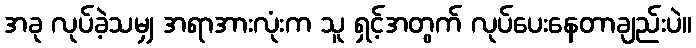
အခု လုပ်ခဲ့သမျှ အရာအားလုံးက သူ ရှင့်အတွက် လုပ်ပေးနေတာချည်းပဲ။